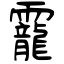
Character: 龗